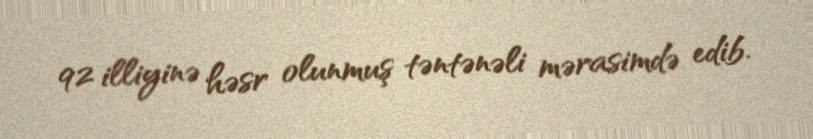
92 illiyinə həsr olunmuş təntənəli mərasimdə edib.